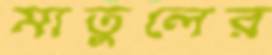
মাতুলের